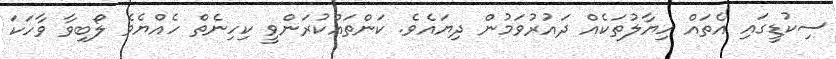
ސިކުޑީގައި އެތައް ހިޔާލުތަކެއް ދައުރުވަމުން ދިޔައެވެ. ކަންތައްކުރަންވީ ކިހިނެތް ހެއްޔެވެ ލޯބިވާ ވާހަކަ